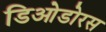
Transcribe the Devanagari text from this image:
डिओडोरस